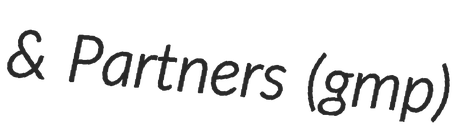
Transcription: & Partners (gmp)